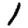
Digit: 1